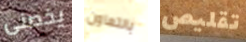
يخصنى بالتعاون تقليص